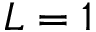
L = 1